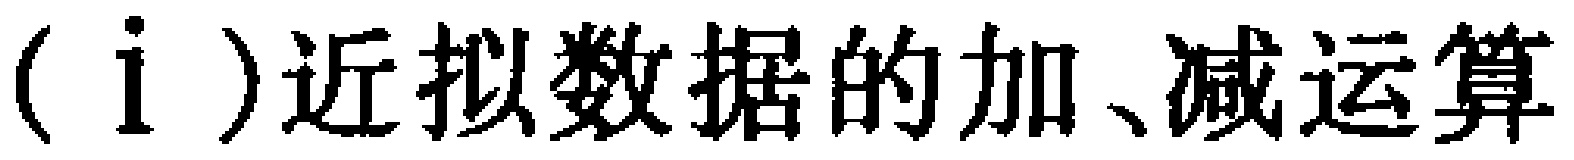
(i)近拟数据的加、减运算